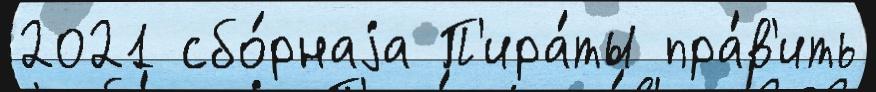
2021 сбо́рнаjа П'ира́ты пра́в'ить